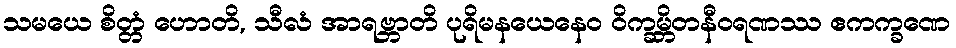
သမယေ စိတ္တံ ဟောတိ, သီလံ အာရဗ္ဘာတိ ပုရိမနယေနေဝ ဝိက္ခမ္ဘိတနီဝရဏဿ ဧကက္ခဏေ